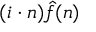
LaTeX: ( i \cdot n ) { \hat { f } } ( n )